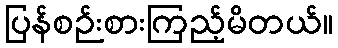
ပြန်စဉ်းစားကြည့်မိတယ်။